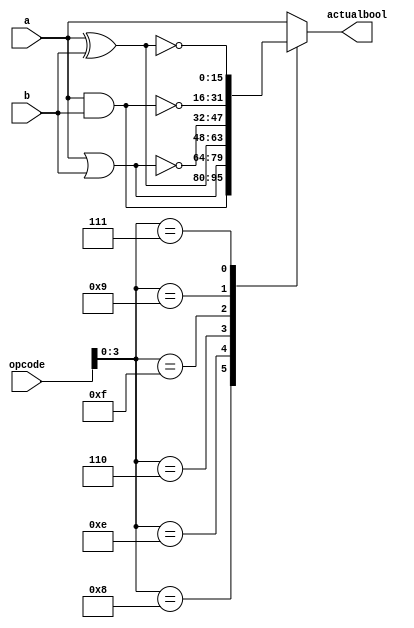
module bool_20 (
    input [5:0] opcode,
    input [15:0] a,
    input [15:0] b,
    output reg [15:0] actualbool
  );
  
  
  
  always @* begin
    
    case (opcode[0+3-:4])
      4'h8: begin
        actualbool = a & b;
      end
      4'he: begin
        actualbool = a | b;
      end
      4'h6: begin
        actualbool = a ^ b;
      end
      4'ha: begin
        actualbool = a;
      end
      4'hf: begin
        actualbool = ~(a | b);
      end
      4'h9: begin
        actualbool = ~(a & b);
      end
      4'h7: begin
        actualbool = ~(a ^ b);
      end
      default: begin
        actualbool = a;
      end
    endcase
  end
endmodule